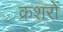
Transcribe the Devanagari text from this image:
क्रशरों